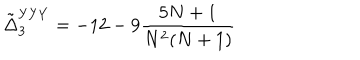
\tilde { \Delta } _ { 3 } ^ { Y Y Y } = - 1 2 - 9 { \frac { 5 N + 1 } { N ^ { 2 } ( N + 1 ) } }